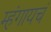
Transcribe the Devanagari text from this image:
म्हंगायचं